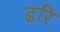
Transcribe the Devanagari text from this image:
ढरि